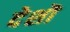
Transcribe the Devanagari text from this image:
देशॊ